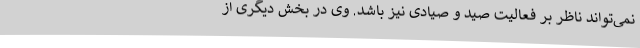
نمی‌تواند ناظر بر فعالیت صید و صیادی نیز باشد. وی در بخش دیگری از